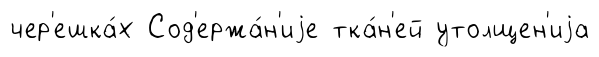
чер'ешка́х Сод'ержа́н'иjе тка́н'ей утолщен'иjа